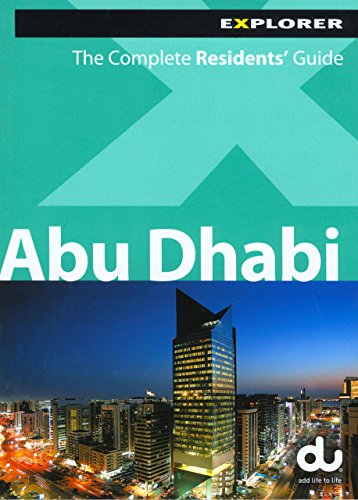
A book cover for Abu Dhabi Complete Residents' Guide; Explorer Publishing; Travel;